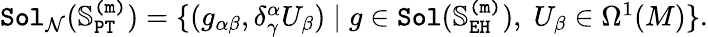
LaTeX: \begin{array}{r}{\mathtt{Sol}_{\mathcal{N}}(\mathbb{S}_{\mathtt{PT}}^{\mathtt{(m)}})=\{ (g_{\alpha\beta},\delta_{\gamma}^{\alpha}U_{\beta})\mid g\in\mathtt{Sol}(\mathbb{S}_{\mathtt{EH}}^{\mathtt{(m)}}),\; U_{\beta}\in\Omega^{1}(M)\} .}\end{array}